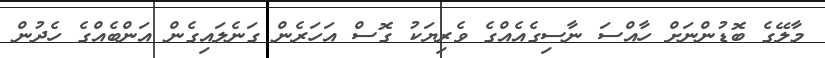
މާލޭގެ ބޮޑުންނަށް ހާއްސަ ނާސިގެއެއްގެ ވެރިޔަކު ގޮސް އަހަރެން ގަނެލައިގެން އަންބެއްގެ ހެދުން